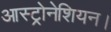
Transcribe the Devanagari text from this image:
आस्ट्रोनेशियन।